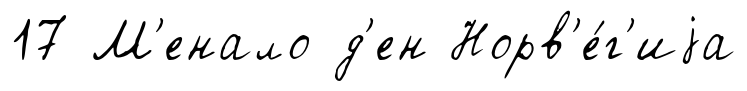
17 М'енало д'ен Норв'е́г'иjа